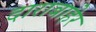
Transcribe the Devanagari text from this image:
दाराबाहेर